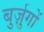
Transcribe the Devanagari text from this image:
बुर्ज़ुगों